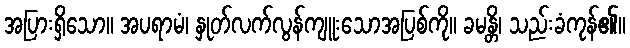
အပြားရှိသော။ အပရာမံ၊ နှုတ်လက်လွန်ကျူးသောအပြစ်ကို။ ခမန္တိ၊ သည်းခံကုန်၏။